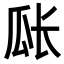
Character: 𪼴